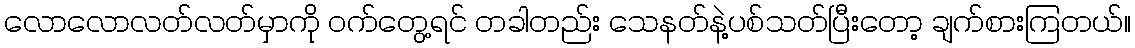
လောလောလတ်လတ်မှာကို ဝက်တွေ့ရင် တခါတည်း သေနတ်နဲ့ပစ်သတ်ပြီးတော့ ချက်စားကြတယ်။